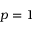
p = 1